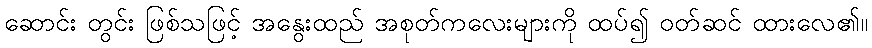
ဆောင်း တွင်း ဖြစ်သဖြင့် အနွေးထည် အစုတ်ကလေးများကို ထပ်၍ ဝတ်ဆင် ထားလေ၏။